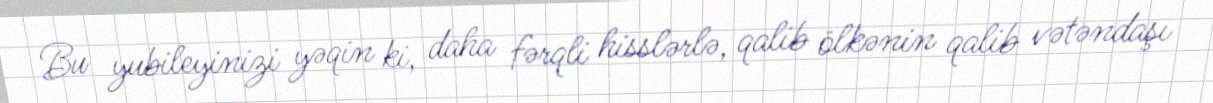
Bu yubileyinizi yəqin ki, daha fərqli hisslərlə, qalib ölkənin qalib vətəndaşı